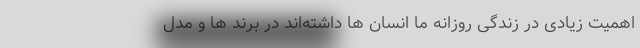
اهمیت زیادی در زندگی روزانه ما انسان ها داشته‌اند در برند ها و مدل